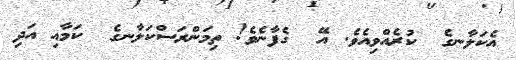
އެކަލާނގެ  ކުރެއްވިއެވެ. އޭ  ގެފާނެވެ! ތިމަންރަސްކަލާނގެ  ކަމާއި އަދި